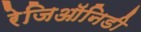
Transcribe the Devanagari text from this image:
रेजिऑनिडी